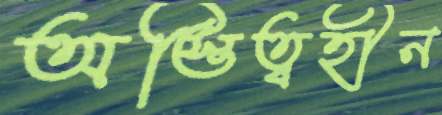
অস্তিত্বহীন